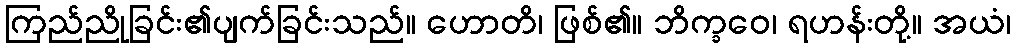
ကြည်ညိုခြင်း၏ပျက်ခြင်းသည်။ ဟောတိ၊ ဖြစ်၏။ ဘိက္ခဝေ၊ ရဟန်းတို့။ အယံ၊